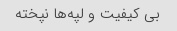
بی کیفیت و لپه‌ها نپخته